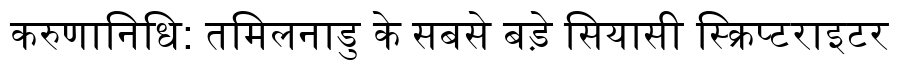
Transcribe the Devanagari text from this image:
करुणानिधि: तमिलनाडु के सबसे बड़े सियासी स्क्रिप्टराइटर